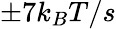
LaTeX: \pm 7k_{B}T/s